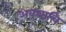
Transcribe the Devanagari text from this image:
अवघाचि